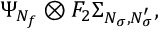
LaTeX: \Psi _ { N _ { f } } \otimes F _ { 2 } \Sigma _ { N _ { \sigma } , N _ { \sigma } ^ { \prime } } ,